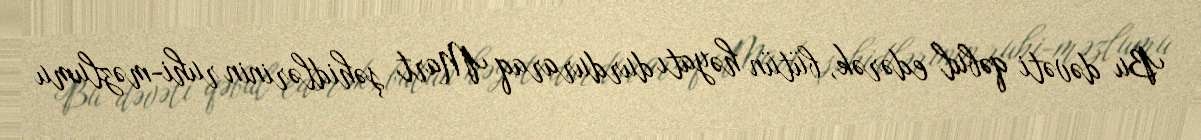
Bu dəvəti qəbul edərək, bütün həyatı durduraraq Mart şəhidlərinin ruhi-məzlumu